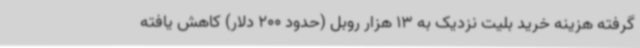
گرفته هزینه خرید بلیت نزدیک به 13 هزار روبل (حدود 200 دلار) کاهش یافته